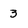
Character: 3